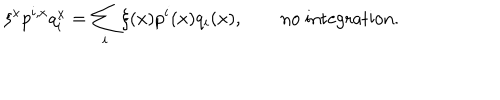
LaTeX: \xi ^ { x } p ^ { i , x } q _ { i } ^ { x } = \sum _ { i } \xi ( x ) p ^ { i } ( x ) q _ { i } ( x ) , \qquad \mathrm { n o ~ i n t e g r a t i o n . }